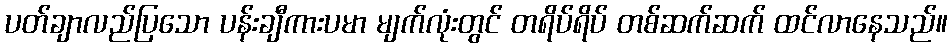
ပတ်ချာလည်ပြသော ပန်းချီကားပမာ မျက်လုံးတွင် တရိပ်ရိပ် တစ်ဆက်ဆက် ထင်လာနေသည်။